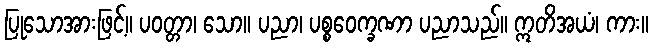
ပြုသောအားဖြင့်။ ပဝတ္တာ၊ သော။ ပညာ၊ ပစ္စဝေက္ခဏာ ပညာသည်။ ဣတိအယံ၊ ကား။